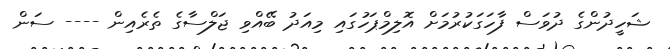
ޝަހީދުންގެ ދުވަސް ފާހަގަކުރުމަށް އޮލިމްޕަހުގައި މިއަދު ބޭއްވި ޖަލްސާގެ ތެރެއިން ---- ސަން